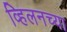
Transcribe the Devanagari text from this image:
व्हिलनच्या